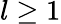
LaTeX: l\ge 1